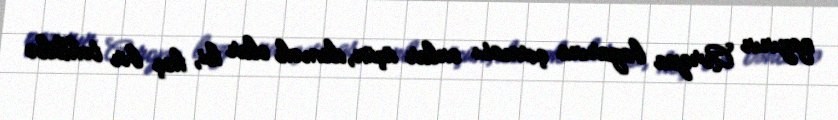
qazının Avropa bazarına çıxması onlar üçün, demək olar ki, heç bir təhlükə